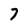
Character: 7